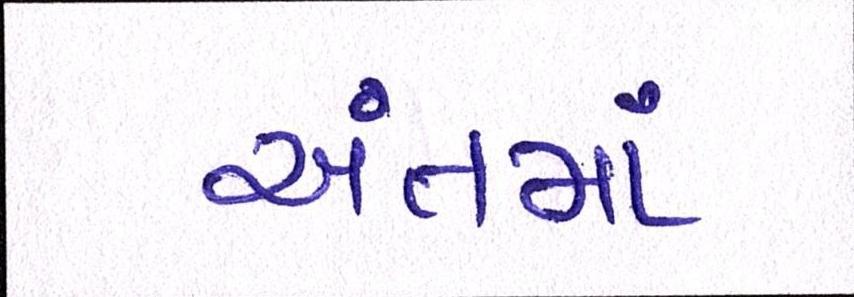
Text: અંતમાં